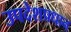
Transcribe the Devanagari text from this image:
उपदेशप्रधान